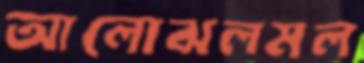
আলোঝলমল